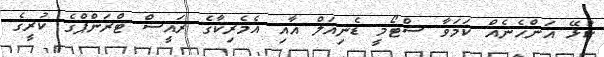
ކުޅޭ އަންހެނެއް ކަމަވާ ސްޓޯމީ ޑެނިއަލް އާއި އެމެރިކާގެ ރައީސް ޓްރަންޕްގެ ކުރީގެ